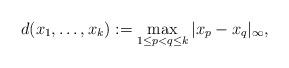
LaTeX: \begin{align*}d(x_1,\ldots,x_k):= \max_{1\le p<q\le k} |x_p-x_q|_{\infty},\end{align*}